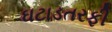
ઘટાડતરફી